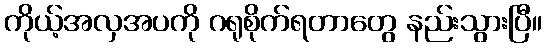
ကိုယ့်အလှအပကို ဂရုစိုက်ရတာတွေ နည်းသွားပြီ။